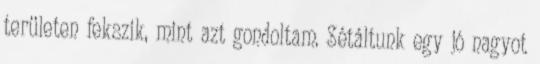
területen fekszik, mint azt gondoltam. Sétáltunk egy jó nagyot